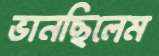
ভানছিলেম